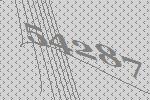
54287